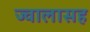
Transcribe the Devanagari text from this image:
ज्वालासह